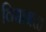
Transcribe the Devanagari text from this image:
विद्याबळ